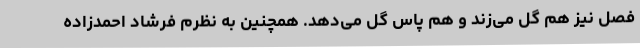
فصل نیز هم گل می‌زند و هم پاس گل می‌دهد. همچنین به نظرم فرشاد احمدزاده